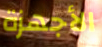
الأجهزة